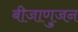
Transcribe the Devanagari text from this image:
बीजाणुजन